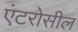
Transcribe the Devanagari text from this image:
एंटरोसील